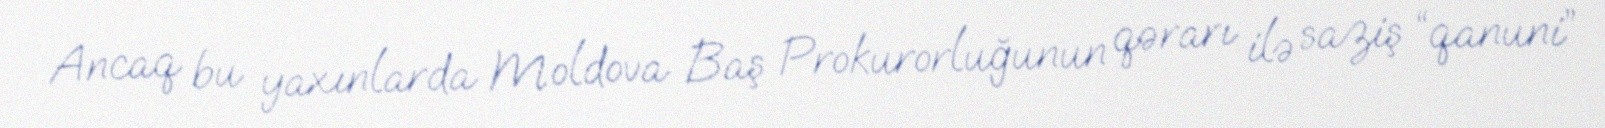
Ancaq bu yaxınlarda Moldova Baş Prokurorluğunun qərarı ilə saziş “qanuni”